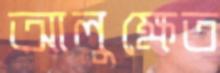
আলুক্ষেত